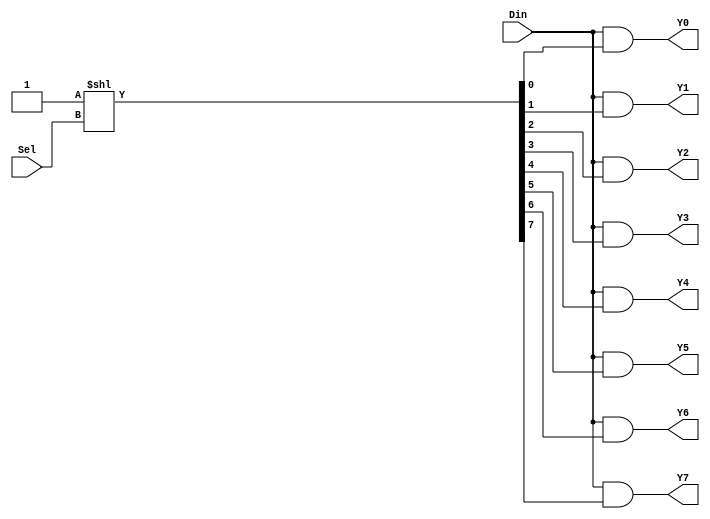
module demux_1to8 (
    input [2:0] Sel,
    input Din,
    output Y0,
    output Y1,
    output Y2,
    output Y3,
    output Y4,
    output Y5,
    output Y6,
    output Y7
);

wire [7:0] sel_decoder;

assign sel_decoder = 8'h01 << Sel;

assign Y0 = Din & sel_decoder[0];
assign Y1 = Din & sel_decoder[1];
assign Y2 = Din & sel_decoder[2];
assign Y3 = Din & sel_decoder[3];
assign Y4 = Din & sel_decoder[4];
assign Y5 = Din & sel_decoder[5];
assign Y6 = Din & sel_decoder[6];
assign Y7 = Din & sel_decoder[7];

endmodule